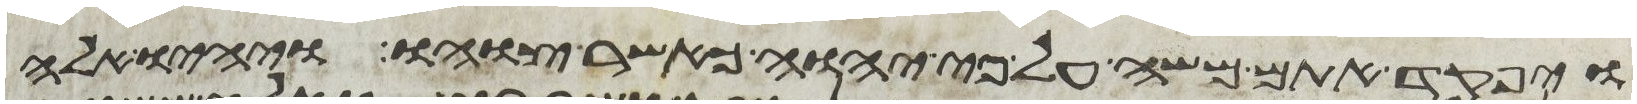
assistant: ויפקד אתם משה על פי יהוה כאשר צוהו ויהיו אלה